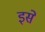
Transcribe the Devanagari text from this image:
इसे